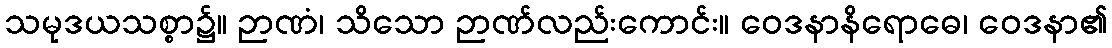
သမုဒယသစ္စာ၌။ ဉာဏံ၊ သိသော ဉာဏ်လည်းကောင်း။ ဝေဒနာနိရောဓေ၊ ဝေဒနာ၏